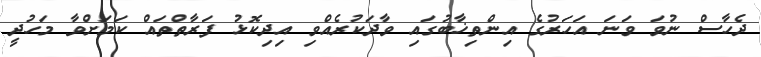
ދެހާސް ނުވަ ވަނަ އަހަރުގެ އިންތިޚާބުގައި ވާދަކުރެއްވި އިދިކޮޅު ފަރާތްތައް ކަމަށްވާ މަހުދީ